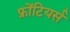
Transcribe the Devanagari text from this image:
फ्रोंटियर्स